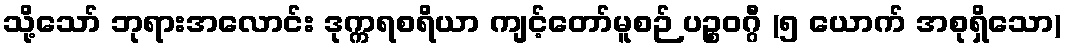
သို့သော် ဘုရားအလောင်း ဒုက္ကရစရိယာ ကျင့်တော်မူစဉ် ပဉ္စဝဂ္ဂီ (၅ ယောက် အစုရှိသော)